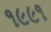
૧૯૯૧